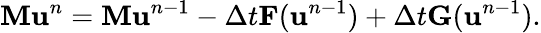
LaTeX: \mathbf{M}\mathbf{u}^{n}=\mathbf{M}\mathbf{u}^{n-1}-\Delta t\mathbf{F}(\mathbf{u}^{n-1})+\Delta t\mathbf{G}(\mathbf{u}^{n-1}).